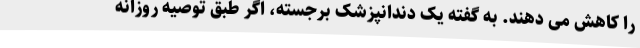
را کاهش می دهند. به گفته یک دندانپزشک برجسته، اگر طبق توصیه روزانه